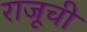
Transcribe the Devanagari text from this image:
राजूची